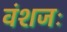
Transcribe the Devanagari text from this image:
वंशजः